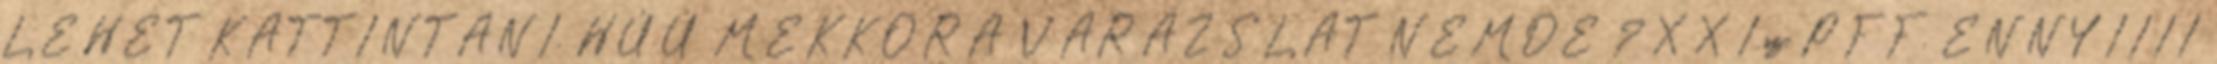
LEHET KATTINTANI. HÚÚ MEKKORA VARÁZSLAT NEMDE ? XXI.sz. PFF. ENNYIIII